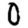
Digit: 0